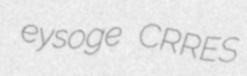
eysoge CRRES